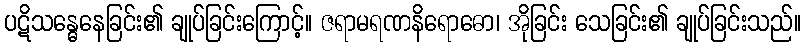
ပဋိသန္ဓေနေခြင်း၏ ချုပ်ခြင်းကြောင့်။ ဇရာမရဏနိရောဓော၊ အိုခြင်း သေခြင်း၏ ချုပ်ခြင်းသည်။